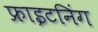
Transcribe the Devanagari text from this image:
फ्राइटनिंग